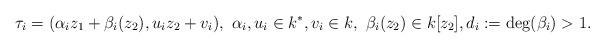
LaTeX: \begin{align*} \tau_i=(\alpha_i z_1+\beta_i(z_2),u_iz_2+v_i),\ \alpha_i,u_i\in k^*, v_i\in k,\ \beta_i(z_2)\in k[z_2], d_i:=\deg(\beta_i)>1. \end{align*}